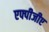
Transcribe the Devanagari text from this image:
एफ्पीजीए